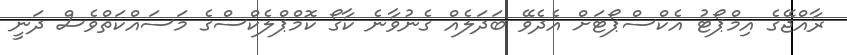
ރާއްޖޭގެ އިމްޕޯޓު އެކްސްޕޯޓަށް އެދެވޭ ބަދަލެއް ގެނުވާނެ ކާގޯ ކޮމްޕްލެކްސްގެ މަސައްކަތްވެސް ދަނީ